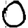
Digit: 0